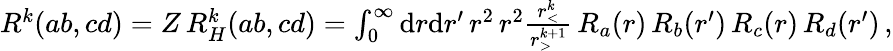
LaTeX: \begin{array}{r}{R^{k}(ab,cd)=Z\, R_{H}^{k}(ab,cd)=\int_{0}^{\infty}\mathrm{d}r\mathrm{d}r^{\prime}\, r^{2}\, r^{2}\frac{r_{<}^{k}}{r_{>}^{k+1}}\, R_{a}(r)\, R_{b}(r^{\prime})\, R_{c}(r)\, R_{d}(r^{\prime})\, ,}\end{array}